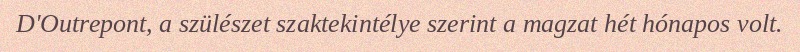
D'Outrepont, a szülészet szaktekintélye szerint a magzat hét hónapos volt.